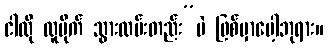
ငါလို လူမိုက် သွားလမ်းတည်း”ပဲ ဖြစ်မှာပေါ့ဘုရား။